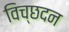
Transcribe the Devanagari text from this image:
विच्छदन